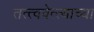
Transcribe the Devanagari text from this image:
तत्त्ववेत्त्याच्या